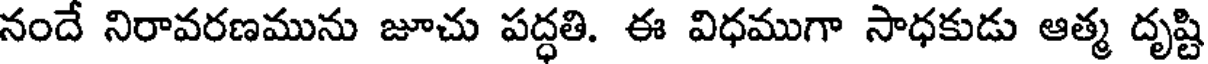
నందే నిరావరణమును జూచు పద్ధతి. ఈ విధముగా సాధకుడు ఆత్మ దృష్టి